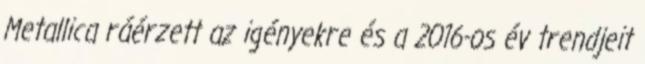
Metallica ráérzett az igényekre és a 2016-os év trendjeit